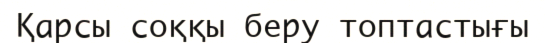
Қарсы соққы беру топтастығы